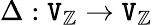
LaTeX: \Delta:\mathtt{V}_{\mathbb{{Z}}}\to\mathtt{V}_{\mathbb{{Z}}}